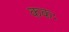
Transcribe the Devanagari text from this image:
ककः